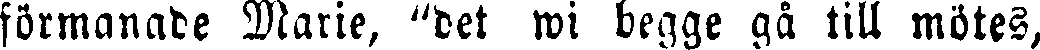
förmanade Marie, "det wi begge gå till mötes,